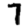
Digit: 7